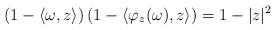
LaTeX: \begin{align*}\left(1-\left<\omega,z\right>\right) \left(1-\left<\varphi_z(\omega),z\right>\right)=1-|z|^2\end{align*}